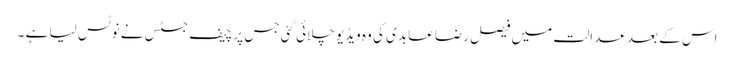
اس کے بعد عدالت میں فیصل رضا عابدی کی وہ ویڈیو چلائی گئی جس پر چیف جسٹس نے نوٹس لیا ہے ۔